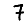
Digit: 7